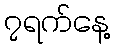
၇ရက်နေ့